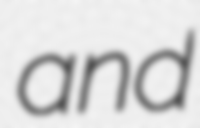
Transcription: and